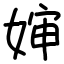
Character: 婶